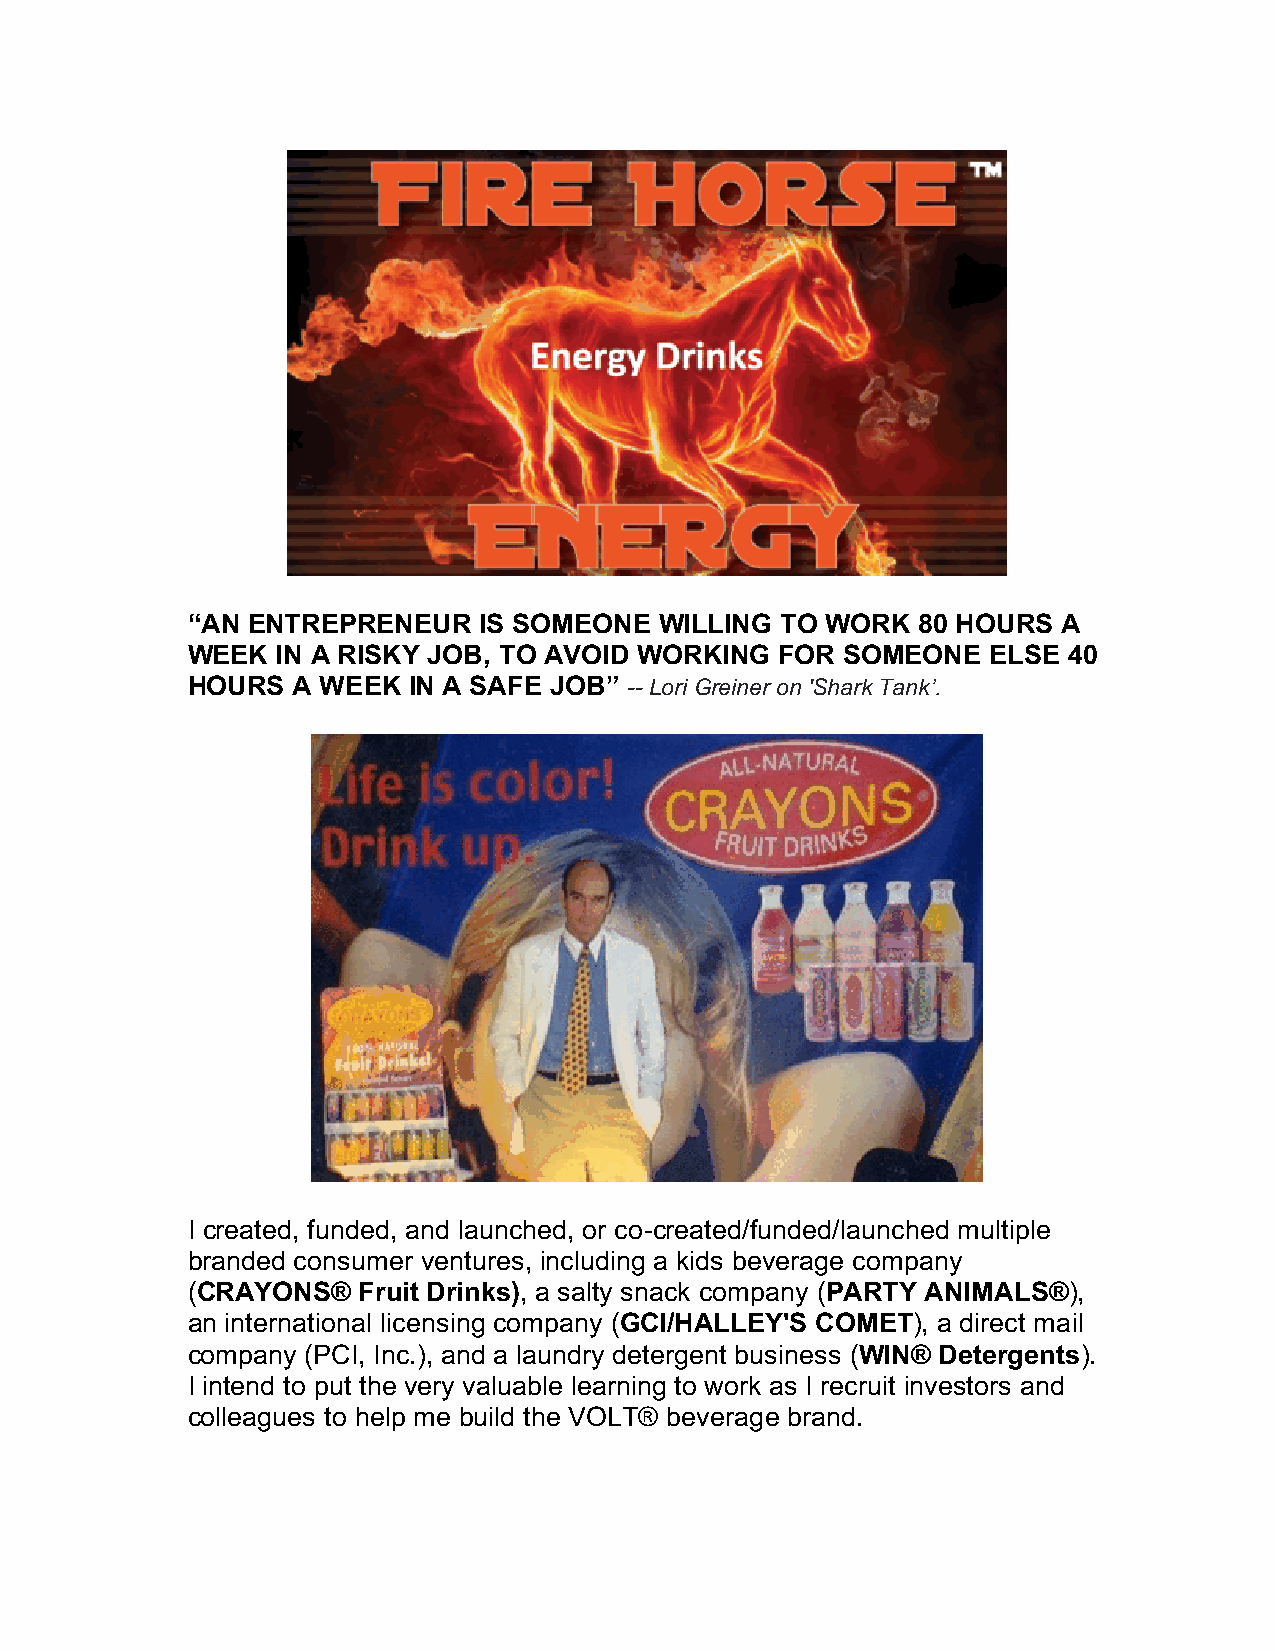
“AN ENTREPRENEUR    IS SOMEONE  WILLING TO WORK  80 HOURS A
 WEEK  IN A RISKY JOB, TO AVOID WORKING  FOR SOMEONE   ELSE 40
 HOURS  A WEEK  IN A SAFE JOB” -- Lori Greiner on 'Shark Tank’.
 I created, funded, and launched, or co-created/funded/launched multiple
 branded consumer ventures, including a kids beverage company
 (CRAYONS®   Fruit Drinks), a salty snack company (PARTY ANIMALS®),
 an international licensing company (GCI/HALLEY'S COMET), a direct mail
 company (PCI, Inc.), and a laundry detergent business (WIN® Detergents).
 I intend to put the very valuable learning to work as I recruit investors and
 colleagues to help me build the VOLT® beverage brand.